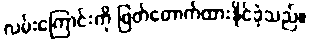
လမ်းကြောင်းကို ဖြတ်တောက်ထားနိုင်ခဲ့သည်။